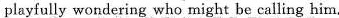
playfully wondering who might be calling him.